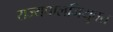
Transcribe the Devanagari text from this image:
राज्यपालनियुक्त